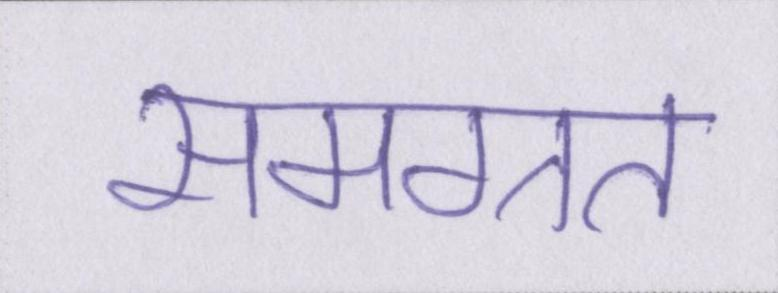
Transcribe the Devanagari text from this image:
समग्रत